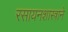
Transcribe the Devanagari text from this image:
रसायनशास्त्राने